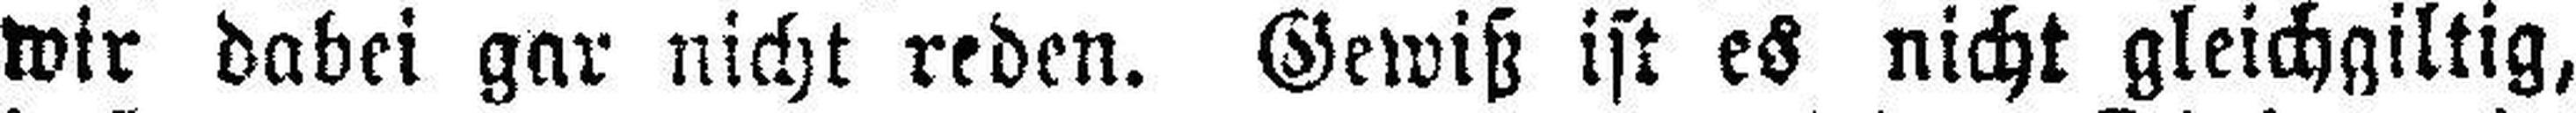
wir dabei gar nicht reden. Gewiß ist es nicht gleichgiltig,